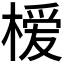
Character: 𪳗